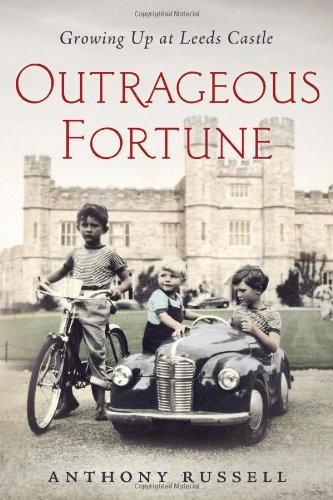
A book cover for Outrageous Fortune: Growing Up at Leeds Castle; Anthony Russell; Biographies & Memoirs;